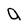
Character: a